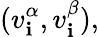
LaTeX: (v_{\mathbf{i}}^{\alpha},v_{\mathbf{i}}^{\beta}),